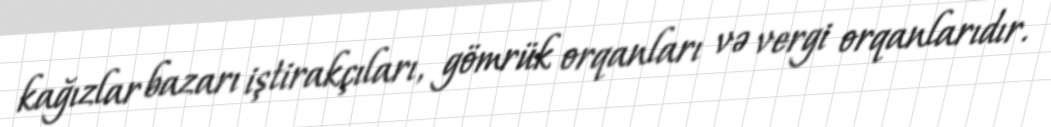
kağızlar bazarı iştirakçıları, gömrük orqanları və vergi orqanlarıdır.